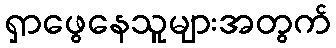
ရှာဖွေနေသူများအတွက်